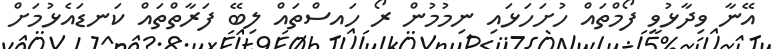
އޭނާ ވިދާޅުވީ ފޯމްތައް ހުށަހަޅައި ނިމުމުން ރޯ ހައސްތައް ލިބޭ ފަރާތްތައް ކަނޑައެޅުމަށް